Report of the Indian Hemp Drugs Commission, 1894-1895 - Volume VII
Year: 1894
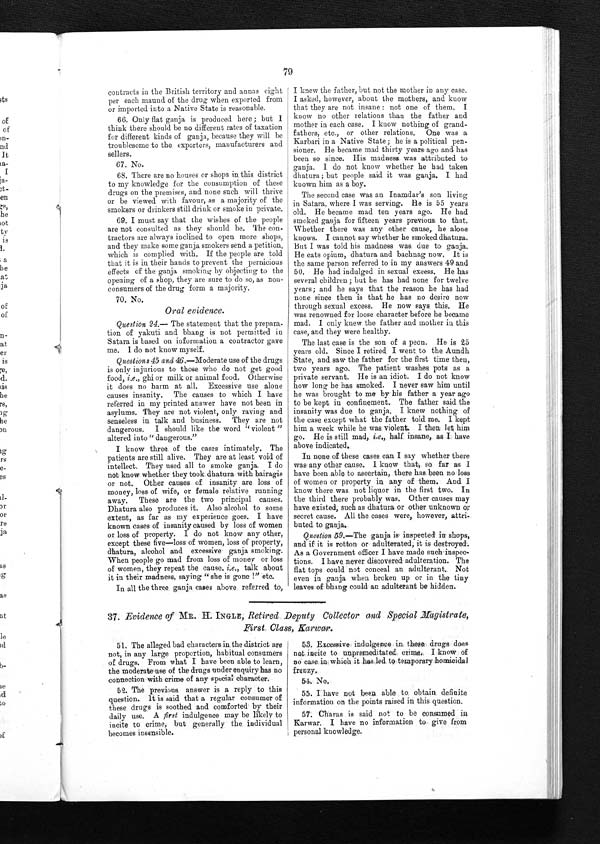
79
contracts in the British territory and annas eight
per each maund of the drug when exported from
or imported into a Native State is reasonable.
66. Only flat ganja is produced here; but I
think there should be no different rates of taxation
for different kinds of ganja, because they will be
troublesome to the exporters, manufacturers and
sellers.
67. No.
68. There are no houses or shops in this district
to my knowledge for the consumption of these
drugs on the premises, and none such will thrive
or be viewed with favour, as a majority of the
smokers or drinkers still drink or smoke in private
.
69. I must say that the wishes of the people
are not consulted as they should be. The con
-
tractors are always inclined to open more shops,
and they make some ganja smokers send a petition,
which is complied with. If the people are told
that it is in their hands to prevent the pernicious
effects of the ganja smoking by objecting to the
opening of a shop, they are sure to do so, as non
-
consumers of the drug form a majority.
7 0 . N o .
Oral evidence.
Question 24.—The statement that the prepa
r a -
tion of yakuti and bhang is not permitted in
Satara is based on information a contractor gave
me. I do not know myself.
Questions 45 and 46.—Moderate use of the drugs
is only injurious to those who do not get good
food, i.e., ghi or milk or animal food. Otherwise
it does no harm at all, Excessive use alone
causes insanity. The causes to which I have
referred in my printed answer have not been in
asylums. They are not violent, only raving and
senseless in talk and business. They are not
d a n g e r o u s . I s h o u l d l i k e t h e w o r d " v i o l e n t "
altered into "dangerous."
I know three of the cases intimately. The
patients are still alive. They are at least void of
intellect. They used all to smoke ganja. I do
not know whether they took dhatura with bairagis
or not. Other causes of insanity are loss of
money, loss of wife, or female relative runnin
g
away. These are the two principal causes.
Dhatura also produces it. Also alcohol to some
extent, as far as my experience goes. I have
known cases of insanity caused by loss of women
or loss of property. I do not know any other,
except these five—loss of women, loss of property,
dhatura, alcohol and excessive ganja smoking.
When people go mad from loss of money or loss
of women, they repeat the cause. i.e., talk about
it in their madness, saying "she is gone !" etc.
In all the three ganja cases above referred to,
I knew the father, but not the mother in any case.
I asked, however, about the mothers, and know
that they are not insane: not one of them. I
know no other relations than the father and
mother in each case. I know nothing of grand
-
fathers, etc., or other relations. One was a
Karbari in a Native State; he is a political pen
-
sioner. He became mad thirty years ago and has
been so since. His madness was attributed to
ganja. I do not know whether he had taken
dhatura; but people said it was ganja. I had
known him as a boy.
The second case was an Inamdar's son living
in Satara, where I was serving. He is 55 years
old. He became mad ten years ago. He had
smoked ganja for fifteen years previous to that.
Whether there was any other cause, he alone
knows. I cannot say whether he smoked dhatura.
But I was told his madness was to ganja.
He eats opium, dhatura and bachnag now. It is
the same person referred to in my answers 49 and
50. He had indulged in sexual excess. He has
several children; but he has had none for twelve
years; and he says that the reason he has had
none since then is that he has no desire now
through sexual excess. He now says this. He
was renowned for loose character before he became
mad. I only knew the father and mother in this
case, and they were healthy.
The last case is the son of a peon. He is 25
years old. Since I retired I went to the Aundh
State, and saw the father for the first time then,
two years ago. The patient washes pots as a
private servant. He is an idiot. I do not know
how long be has smoked. I never saw him until
he was brought to me by his father a year ago
to be kept in confinement. The father said the
insanity was due to ganja. I knew nothing of
the case except what the father told me. I kept
h i m a w e e k w h i l e h e w a s v i o l e n t . I t h e n l e t h i m
go. He is still mad, i.e., half insane, as I have
above indicated.
In none of these cases can I say whether there
was any other cause. I know that, so far as I
have been able to ascertain, there has been no loss
of women or property in any of them. And I
know there was not liquor in the first two. In
the third there probably was. Other causes may
have existed, such as dhatura or other unknown or
secret cause. All the cases were, however, attr
i -
buted to ganja.
Question 59 .—The ganja is inspected in shops,
and if it is rotton or adulterated, it is destroyed.
As a Government officer I have made such inspec
-
tions. I have never discovered adulteration. The
flat tops could not conceal an adulterant. Not
even in ganja when broken up or in the tiny
leaves of bhang could an adulterant be hidden.
37. Evidence of MR. H . INGLE, Retired Deputy Collector and Special Magistrat
e,
First Class, Karwar.
51. The alleged bad characters in the district are
not, in any large proportion, habitual consumers
of drugs. From what I have been able to learn,
the moderate use of the drugs under enquiry has no
connection with crime of any special character.
52. The previous answer is a reply to this
question. It is said that a regular consumer of
these drugs is soothed and comforted by their
daily use. A first indulgence may be likely to
incite to crime, but generally the individual
becomes insensible.
53. Excessive indulgence in these drugs does
not incite to unpremeditated crime. I know of
no case in which it has led to temporary homicidal
frenzy.
54. No.
55. I have not been able to obtain definite
information on the points raised in this question.
57. Charas is said not to be consumed in
Karwar. I have no information to give from
personal knowledge.